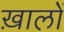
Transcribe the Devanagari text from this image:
ख़ालों